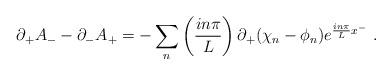
LaTeX: \begin{align*}\partial_{+}A_{-}-\partial_{-}A_{+}=-\sum_{n}\left({in\pi\over L}\right)\partial_{+}(\chi_{n}-\phi_{n})e^{{in\pi\over L}x^{-}}\,\,.\end{align*}